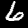
Label: 6